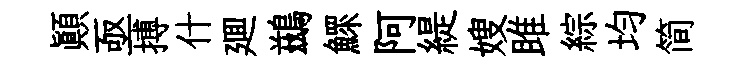
顚亟搏什廽鷀鰥阿緹嫂雎綜均简